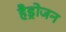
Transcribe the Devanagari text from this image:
हैड्रोजन